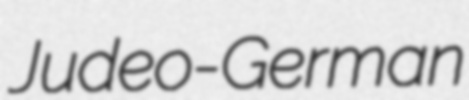
Judeo-German